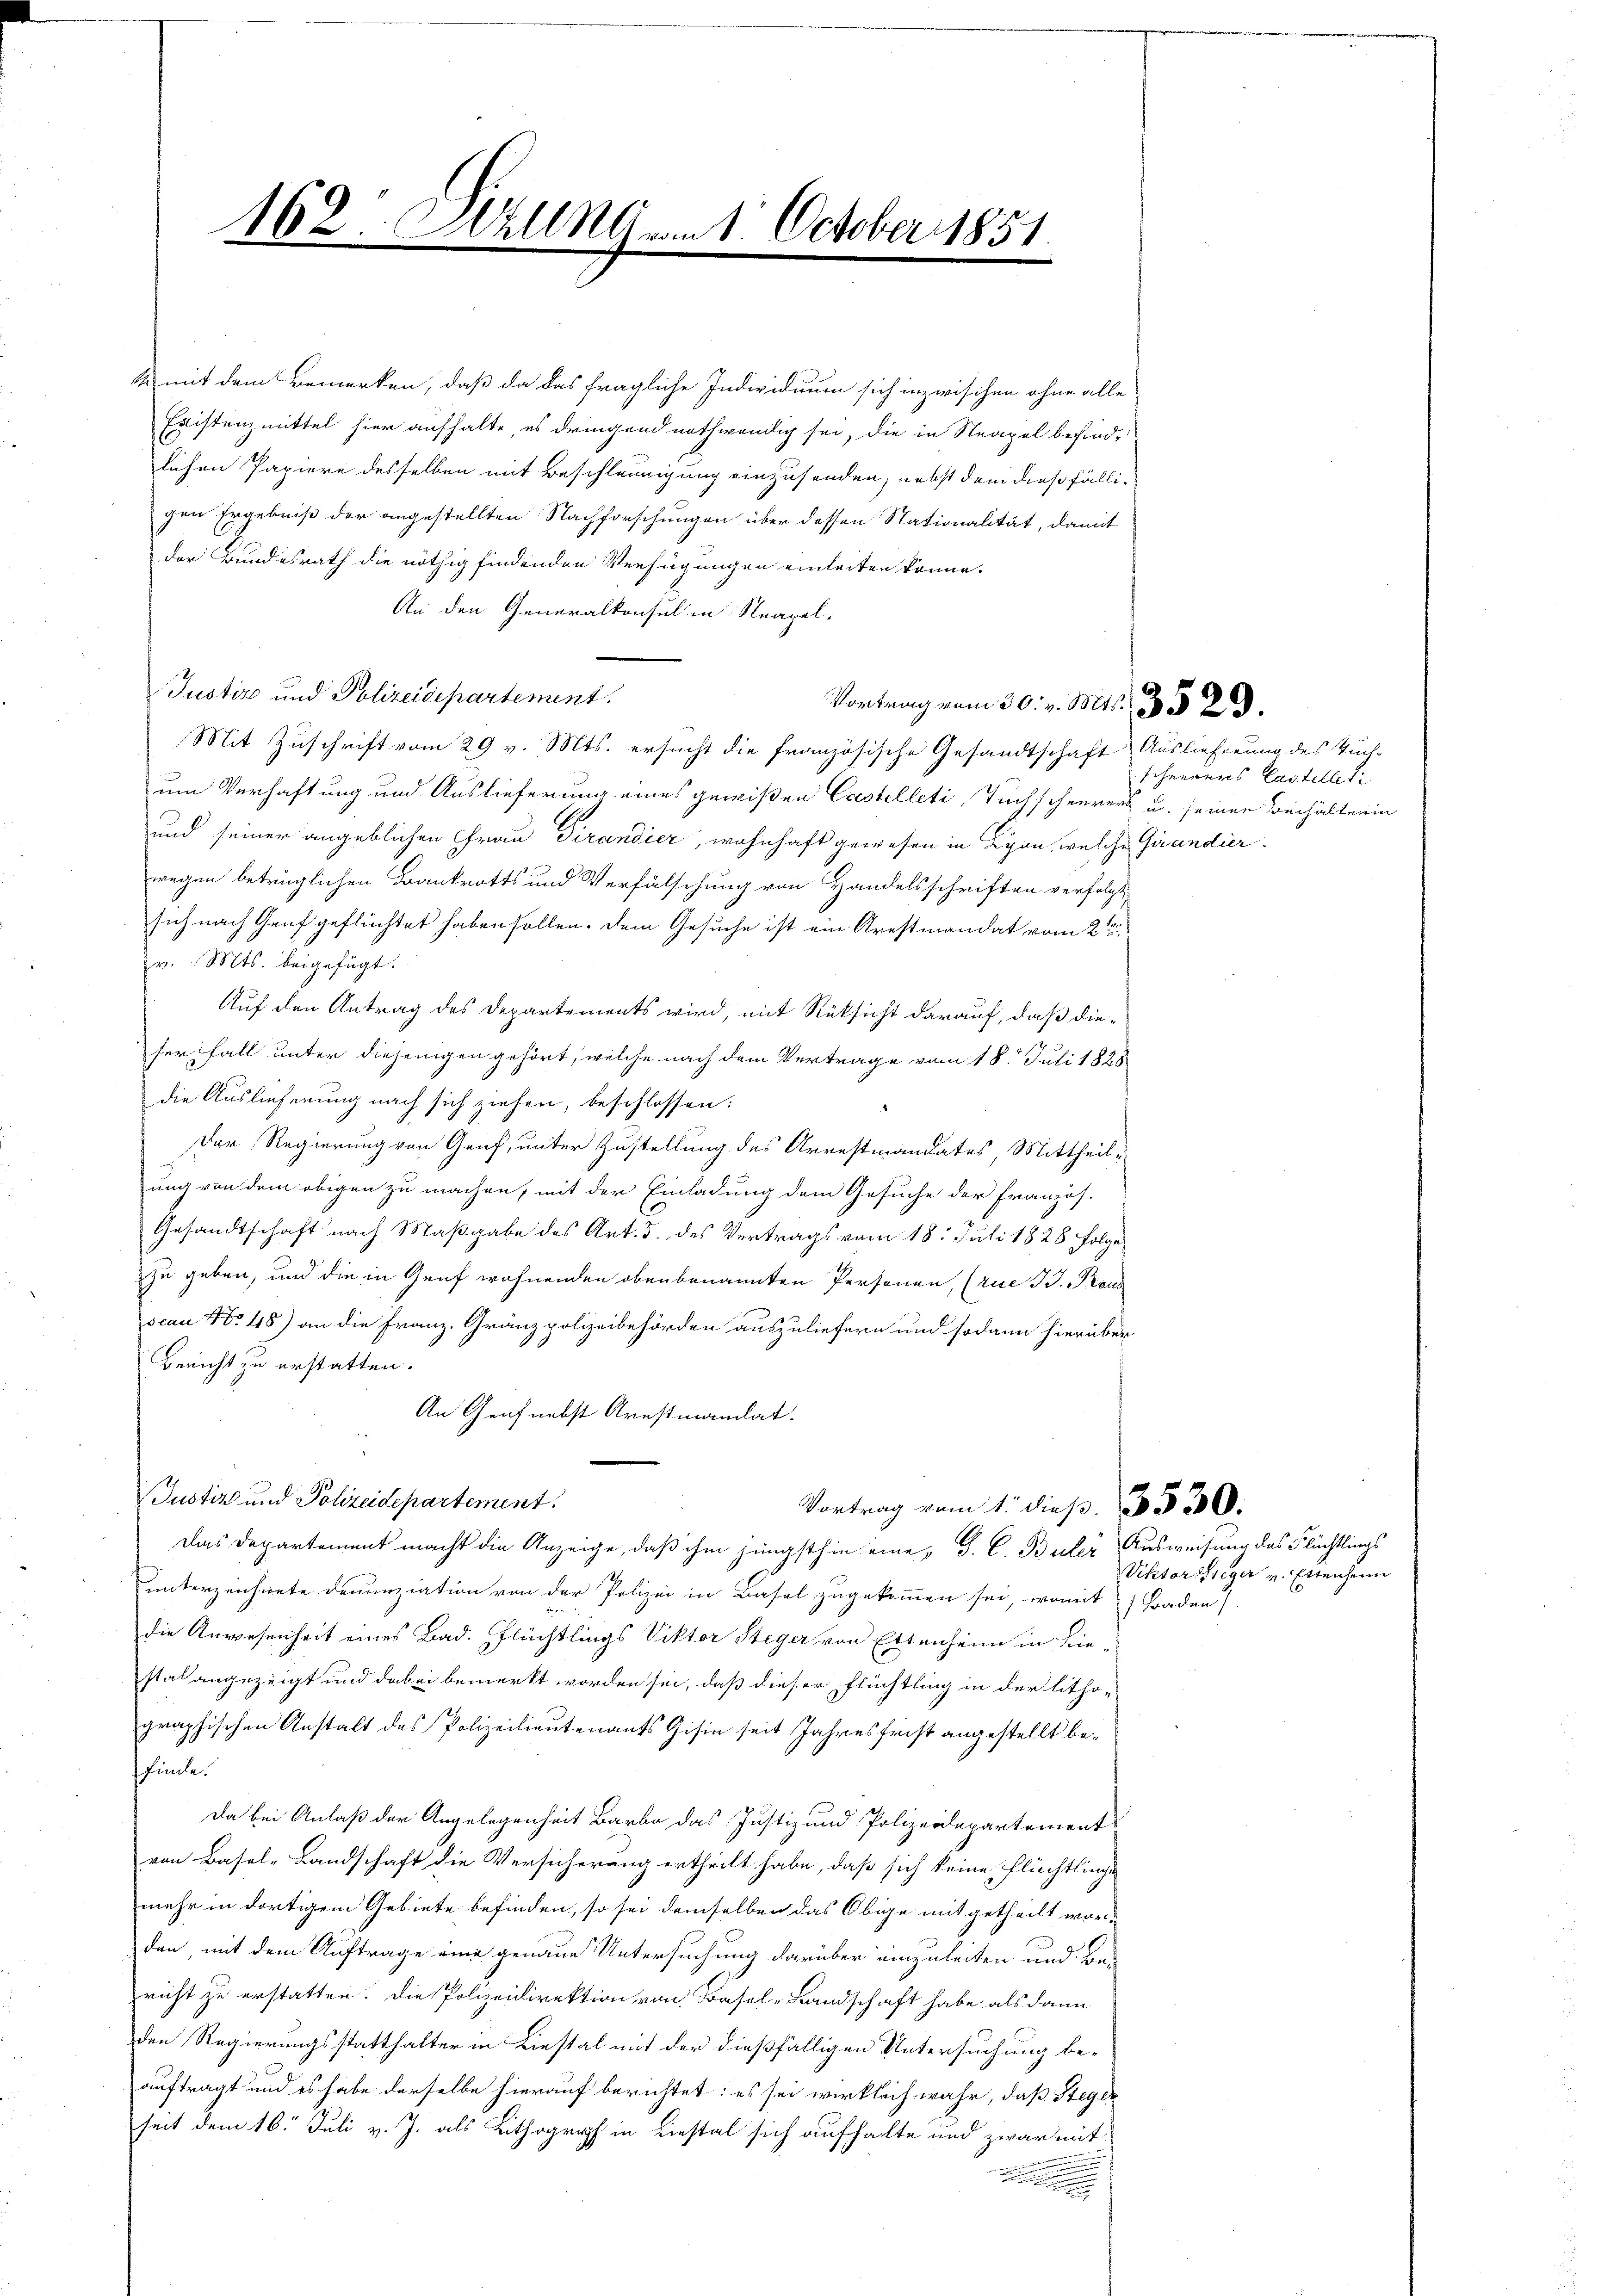
162. Will 19 vom 1. October 1851.

k mit dem Bemerken, daß da das fragliche Individuum sich inzwischen ohne alle
Existenzmittel hier aufhalte, es dringend nothwendig sei, die in Neapel befind-
lichen Papiere desselben mit Beschleunigung einzusenden, nebst dem dies fälligen Ergebniß der angestellten Nachforschungen über dessen Stationalität, damit
der Bundesrath die nöthig findenden Verfügungen einleiten könne.
An den Generalkonsul in Neapel-
Justiz und Polizeidepartement.
Mit Zuschrift vom 29 v. Mts. ersucht die französische Gesandtschaft Auslieferung des Tuch-
ein Verhaftung und Auslieferung eines gewißen Castelleti, Tuchscheurers u. seinen Beihaltenin
und seiner angeblichen Frau Pirandier, wohnhaft gewesen in Lyon, welche Grundier-
wegen betrüglichen Bankrotts und Verfälschung von Handelsschriften verfolgt,
sich nach Genf geflüchtet haben sollen. Dem Gesuche ist ein Arestmandat vom 2ten
v. Mts. beigefügt.
Auf den Antrag des Departements wird, mit Rüksicht darauf, daß dieser Fall unter diejenigen gehört, welche nach dem Vertrage vom 18. Juli 1828
die Auslieferung nach sich ziehen, beschlossen:
Der Regierung von Genf, unter Zustellung des Arrestmandates Mittheil-
ung von dem obigen zu machen, mit der Einladung dem Gesuche der Französ.
Gesandtschaft nach Maßgabe des Art. 3. des Vertrags vom 18. Juli 1828 Folge
zu geben, und die in Genf wohnenden oben benannten Personen, (rue H. Paus
scau No 48) an die Franz. Gränzpolizeibehörden auszuliefern und sodann hierüber
Bericht zu erstatten.
An Genf nebst Arnstmanitat.
Justiz und Polizeidepartement.
Vortrag vom 1. dieß. 3530.
Das Departement macht die Anzeige, daß ihm jüngsthin eine „J. C. Buler Ausweisung des Flüchtlings
uunterzeichnete Denunziation von der Polizei in Basel zugekommen sei, womit Baden)
die Anwesenheit eines Bad. Pflüchtlings Viktor Steger von Ettenheim in Lie-
stalt angezeigt und dabei bemerkt worden sei, daß dieser Flüchtling in der litho-
graphischen Anstalt des Polizeilieutenants Gisin seit Jahresfrist angestellt beffände.
Da bei Anlaß der Angelegenheit Barbe das Justiz und Polizeidepartement
von Basel-Landschaft die Versicherung ertheilt habe, daß sich keine Flüchtlinge
mehr in dortigem Gebiete befinden, so sei demselben das Obige mitgetheilt worden, mit dem Auftrage eine genaue Untersuchung darüber einzuleiten und Be-
richt zu erstatten. Die Polizeidirektion von Basel-Landschaft habe als dann
den Regierungsstatthalter in Liestal mit der dießfälligen Untersuchung be-
auftragt und es habe derselbe hierauf berichtet: es sei wirklich wahr, daß Steger
seit dem 16. Juli v. J. als Lithograph in Liestal sich aufhalte und zwar mit
.

Vortrag vom 30. v. Mts. 332.

Schnerers Castelleti

Viktor Zieger v. Ettenheim